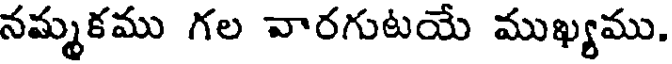
నమ్మకము గల వారగుటయే ముఖ్యము.